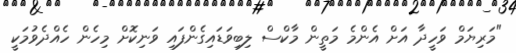
"މަރިޔަމް ވަހީދާ އަށް އެންމެ މަތީން މާކްސް ލިބިވަޑައިގެންފައި ވަނިކޮށް މިހެން ހެއްދެވުމަކީ